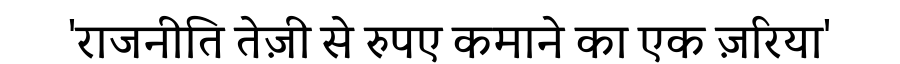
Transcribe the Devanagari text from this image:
'राजनीति तेज़ी से रुपए कमाने का एक ज़रिया'